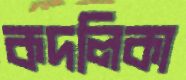
কদলিকা